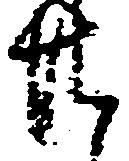
共